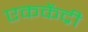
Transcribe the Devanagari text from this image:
एककेंद्री